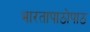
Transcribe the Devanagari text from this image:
भारतापाठोपाठ